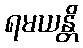
ရမယန္တိ